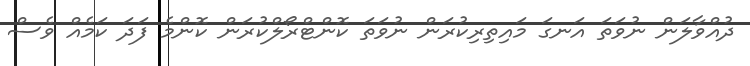
ދުއްވާލަން ނުވަތަ އަނގަ މައިތިރިކުރަން ނުވަތަ ކޮންޓްރޯލްކުރަން ކޮންމެ ފަދަ ކަމެއް ވެސް